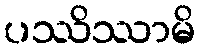
ပဿိဿာမိ